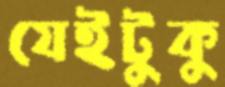
যেইটুকু